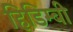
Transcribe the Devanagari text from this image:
हिडिम्बी